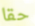
حقا